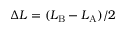
\Delta L = ( L _ { \mathrm { B } } - L _ { \mathrm { A } } ) / 2